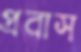
প্রবাস